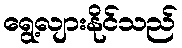
ရွေ့လျားနိုင်သည်